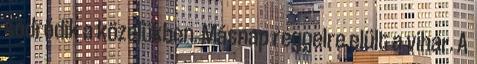
sodródik a közelükben. Másnap reggelre elült a vihar. A